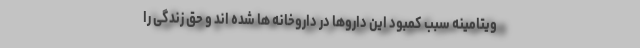
ویتامینه سبب کمبود این داروها در داروخانه ها شده اند و حق زندگی را